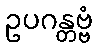
ဥပဂန္တဗ္ဗံ